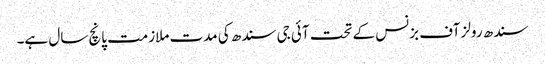
سندھ رولز آف بزنس کے تحت آئی جی سندھ کی مدت ملازمت پانچ سال ہے۔